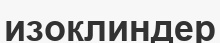
изоклиндер